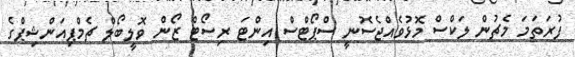
ފުރަތަމަ މެޗުން ލަކްސް މޮޅުވެއްޖެސޮނީ ސްޕޯޓްސް އިންޓަ ރިސޯޓް ޒޯން ވޮލީބޯލް ޗެމްޕިއަންޝިޕްގެ